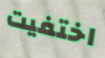
اختفيت